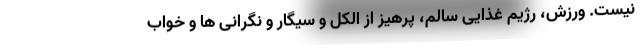
نیست. ورزش، رژیم غذایی سالم، پرهیز از الکل و سیگار و نگرانی ها و خواب